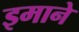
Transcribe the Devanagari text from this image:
इमाने